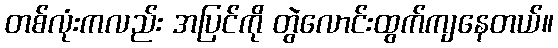
တစ်လုံးကလည်း အပြင်ကို တွဲလောင်းထွက်ကျနေတယ်။